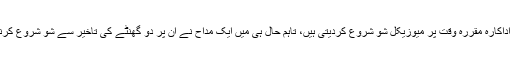
اگرچہ عام طور پر اداکارہ مقررہ وقت پر میوزیکل شو شروع کردیتی ہیں، تاہم حال ہی میں ایک مداح نے ان پر دو گھنٹے کی تاخیر سے شو شروع کرنے پر مقدمہ کردیا۔